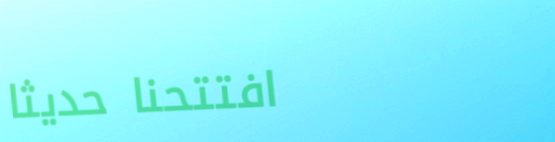
افتتحنا حديثاً